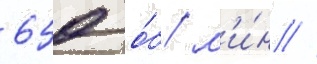
650 о́б/ м'и́н //